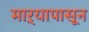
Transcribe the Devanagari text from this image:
माऱ्यापासून